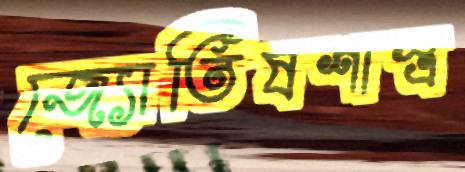
জ্যোতিষশাস্ত্র